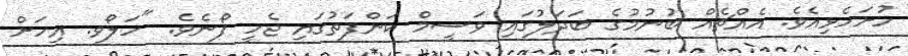
ހުށަހެޅިއެވެ. އެއްޗެއް ބުނުމުގެ ބަދަލުގައި ވަސީމް ކަންފަތުގައި ޖެހީ ފޯނެވެ. "ހަލޯވ. އިހަށް